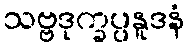
သဗ္ဗဒုက္ခပ္ပနူဒနံ